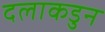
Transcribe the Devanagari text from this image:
दलाकडुन